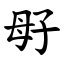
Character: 㝀